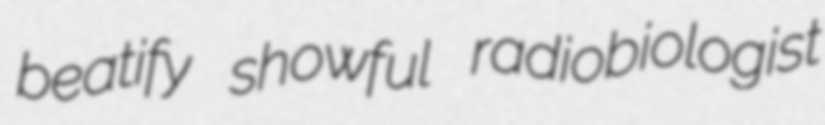
beatify showful radiobiologist